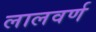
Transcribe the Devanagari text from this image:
लालवर्ण